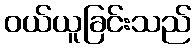
ဝယ်ယူခြင်းသည်